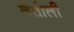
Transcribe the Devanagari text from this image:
लेतोली